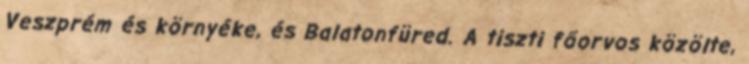
Veszprém és környéke, és Balatonfüred. A tiszti főorvos közölte,